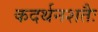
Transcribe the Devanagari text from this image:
कदर्थनशतैः